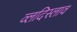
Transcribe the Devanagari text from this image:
व्लदिस्लाव